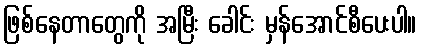
ဖြစ်နေတာတွေကို အမြီး ခေါင်း မှန်အောင်စီပေးပါ။